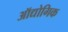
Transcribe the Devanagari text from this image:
ऑद्योगिक